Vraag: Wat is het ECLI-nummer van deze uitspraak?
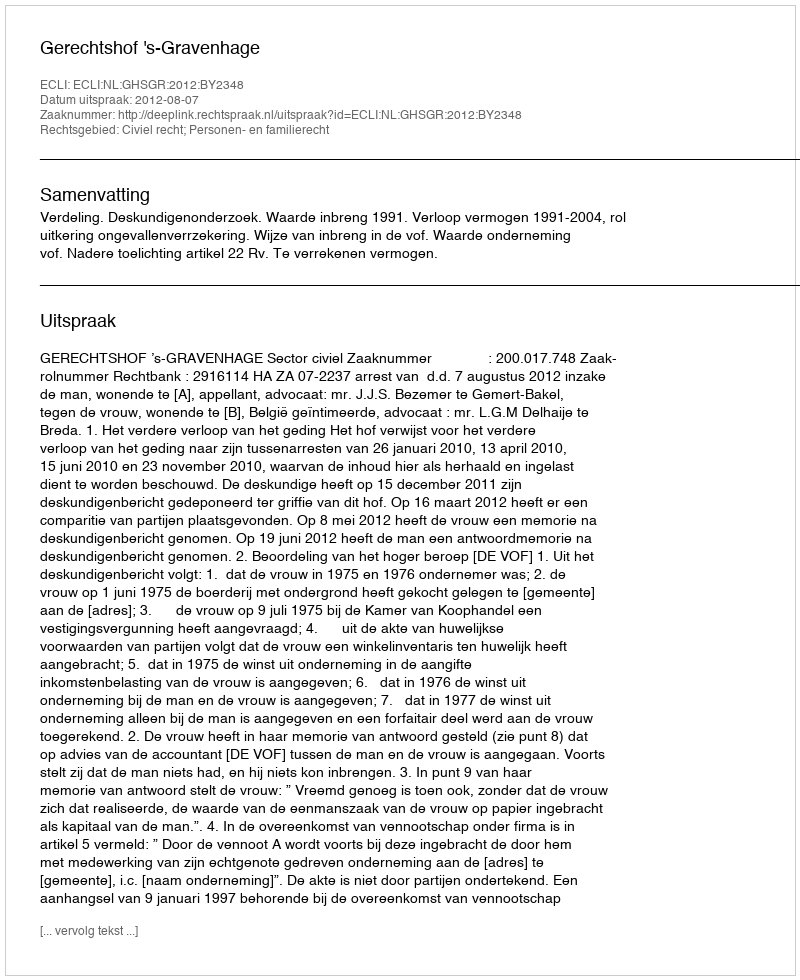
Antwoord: ECLI:NL:GHSGR:2012:BY2348